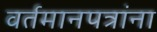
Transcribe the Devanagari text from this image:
वर्तमानपत्रांना